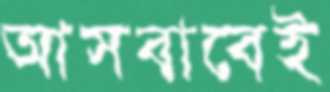
আসবাবেই